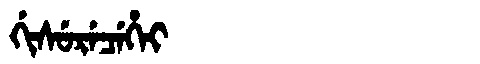
Manchu: ᡤᡳᠰᡠᡵᡝᠴᡝᡥᡝᡳ
Romanization: GISURECEHEI